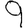
Digit: 9